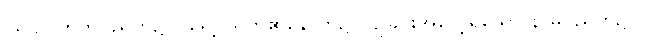
ဩပပါတိကပညတ်၌။ (ရှေ့ပညတ်၏နောက်၌ ကျခြင်းအလေ့ရှိသော နာမပညတ်၌။)